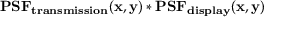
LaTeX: \mathbf { P S F _ { t r a n s m i s s i o n } ( x , y ) * P S F _ { d i s p l a y } ( x , y ) }